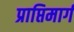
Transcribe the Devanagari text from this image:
प्राप्तिमार्ग